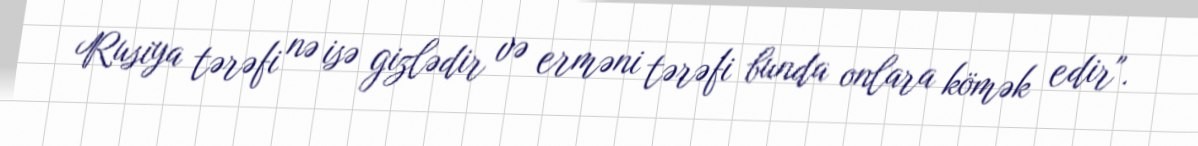
Rusiya tərəfi nə isə gizlədir və erməni tərəfi bunda onlara kömək edir".